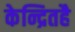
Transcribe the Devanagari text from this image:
केन्द्रितहै